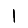
Digit: 1